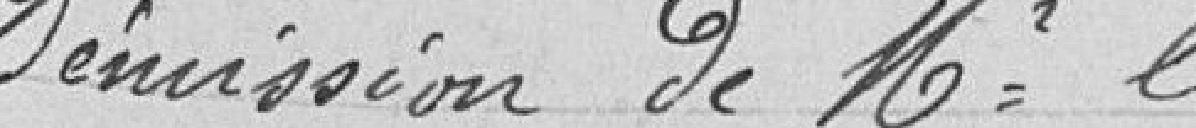
Démission de monsieur le